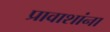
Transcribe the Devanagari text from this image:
प्रावाशांना